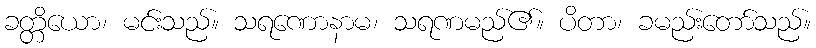
ခတ္တိယော၊ မင်းသည်။ သရဏောနာမ၊ သရဏမည်၏။ ပိတာ၊ ခမည်းတော်သည်။